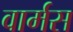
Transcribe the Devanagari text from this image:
वार्मस